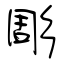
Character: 彫